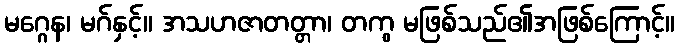
မဂ္ဂေန၊ မဂ်နှင့်။ အသဟဇာတတ္တာ၊ တကွ မဖြစ်သည်၏အဖြစ်ကြောင့်။